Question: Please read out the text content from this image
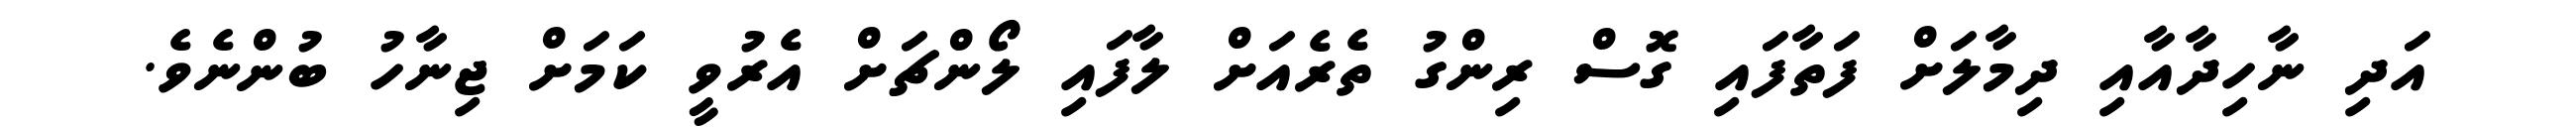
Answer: އަދި ނާހިދާއާއި ދިމާލަށް ފަތާފައި ގޮސް ރިންގު ތެރެއަށް ލާފައި ލޯންޗަށް އެރުވީ ކަމަށް ޖިނާހު ބުންނެވެ.